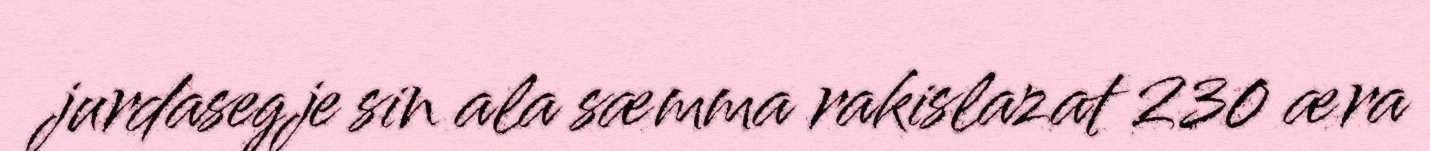
jurdasegje sin ala sæmma rakislazat 230 æra